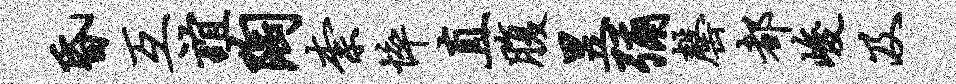
昏互谊陶柰悴直腹昱弥罄都峻及